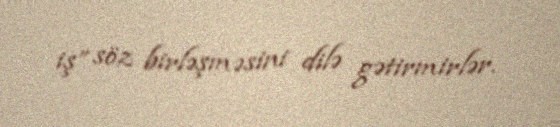
iş” söz birləşməsini dilə gətirmirlər.